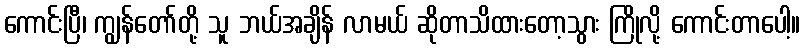
ကောင်းပြီ၊ ကျွန်တော်တို့ သူ ဘယ်အချိန် လာမယ် ဆိုတာသိထားတော့သွား ကြိုလို့ ကောင်းတာပေါ့။